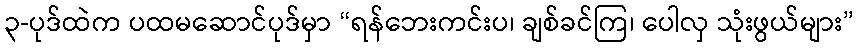
၃-ပုဒ်ထဲက ပထမဆောင်ပုဒ်မှာ “ရန်ဘေးကင်းပ၊ ချစ်ခင်ကြ၊ ပေါလှ သုံးဖွယ်များ”